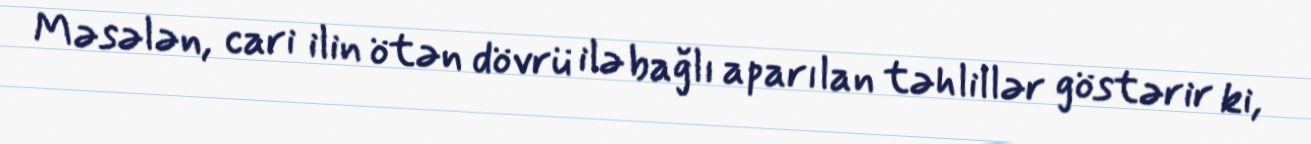
Məsələn, cari ilin ötən dövrü ilə bağlı aparılan təhlillər göstərir ki,